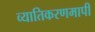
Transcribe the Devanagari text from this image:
व्यातिकरणमापी